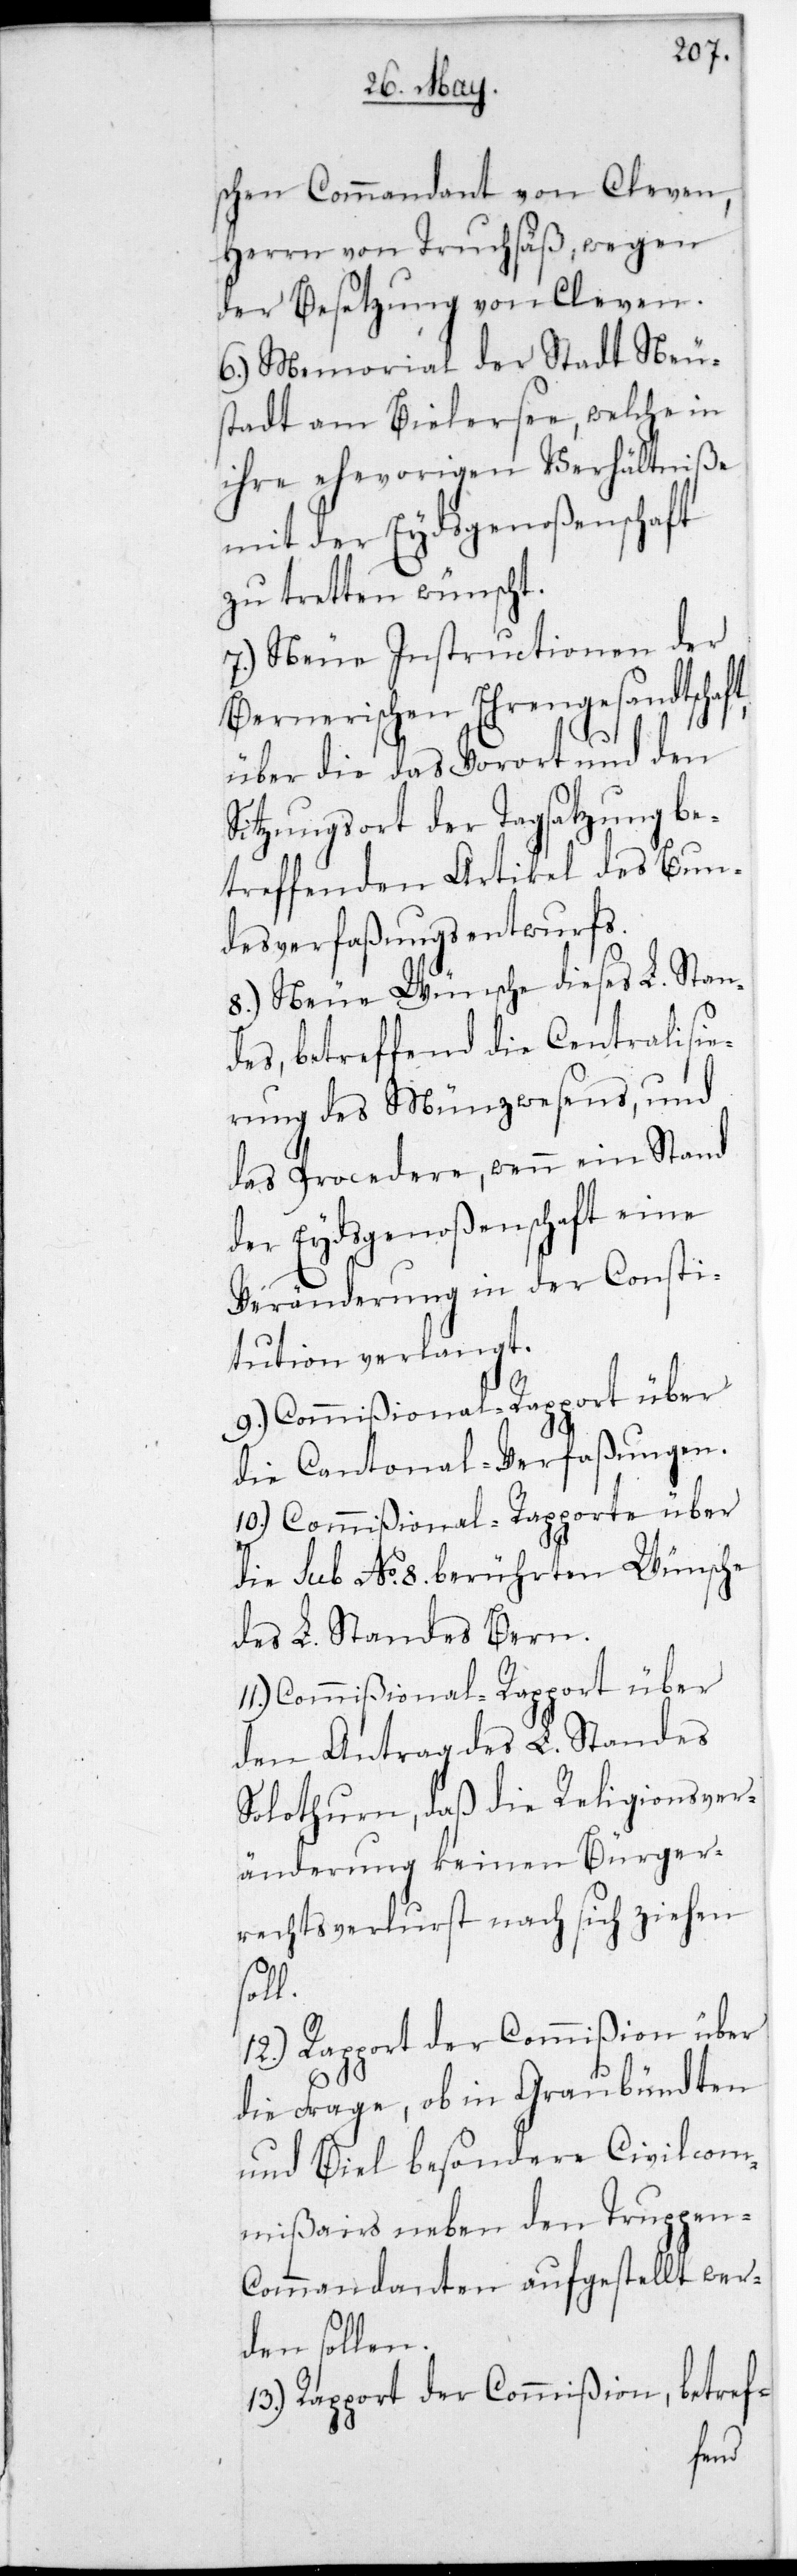
schen Commandant von Cleven,
Herrn von Truchsäß, wegen
der Besetzung von Cleven.
6.) Memorial der Stadt Neu¬
stadt am Bielersee, welche in
ihre ehevorigen Verhältniße
mit der Eydsgenoßenschaft
zu tretten wünscht.
7.) Neue Instructionen der
Bernerischen Ehrengesandtschaft
über die das Vorort und den
Sitzungsort der Tagsatzung be¬
treffenden Artikel des Bun¬
desverfaßungsentwurfs.
8.) Neue Wünsche dieses L. Stan¬
des, betreffend die Centralisie¬
rung des Münzwesens, und
das Procedere, wenn ein Stand
der Eydsgenoßenschaft eine
Veränderung in der Consti¬
tution verlangt.
9.) Commißional-Rapport über
die Cantonal-Verfaßungen.
11.) Commißional-Rapport über
die sub No. 8 berührten Wünsche
des L. Standes Bern.
den Antrag des L. Standes
Solothurn, daß die Religionsver¬
änderung keinen Bürger¬
rechtsverlust nach sich ziehen
soll.
12.) Rapport der Commißion über
die Frage, ob in Graubündten
und Biel besondere Civilcom¬
mißairs neben den Truppen-C¬
ommandanten aufgestellt wer¬
den sollen.
13.) Rapport der Commißion, betref-